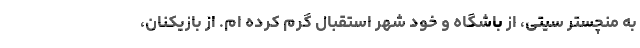
به منچستر سیتی، از باشگاه و خود شهر استقبال گرم کرده ام. از بازیکنان،